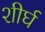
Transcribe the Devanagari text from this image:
शीर्घ